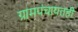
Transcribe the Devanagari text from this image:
ग्रामपंचायतही